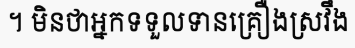
។ មិនថាអ្នកទទួលទានគ្រឿងស្រវឹង